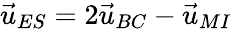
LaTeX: \vec{u}_{ES}=2\vec{u}_{BC}-\vec{u}_{MI}